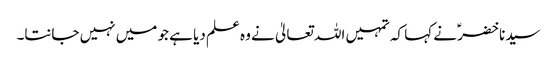
سیدنا خضرؑ نے کہا کہ تمہیں اللہ تعالیٰ نے وہ علم دیا ہے جو میں نہیں جانتا۔